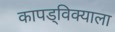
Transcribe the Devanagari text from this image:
कापड्विक्याला